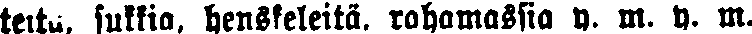
teita, sukkia, henskeleitä, rahamassia y. m. y. m.